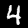
Digit: 4